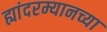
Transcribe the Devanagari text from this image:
ह्यांदरम्यानच्या